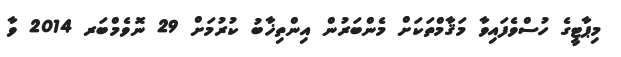
މިޕާޓީގެ ހުސްވެފައިވާ މަޤާމްތަކަށް މެންބަރުން އިންތިޚާބު ކުރުމަށް 29 ނޮވެމްބަރ 2014 ވާ